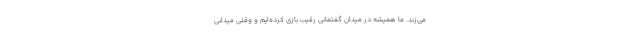
می‌زند. ما همیشه در میدان گفتمانی رقیب بازی کرده‌ایم و وقتی میدانی